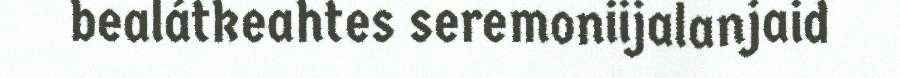
bealátkeahtes seremoniijalanjaid